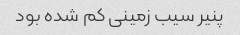
پنیر سیب زمینی کم شده بود